Annual report of the Bengal Veterinary College and of the Civil Veterinary Department, Bengal, for the year 1912-1913 - 1912-1913
Year: 1912
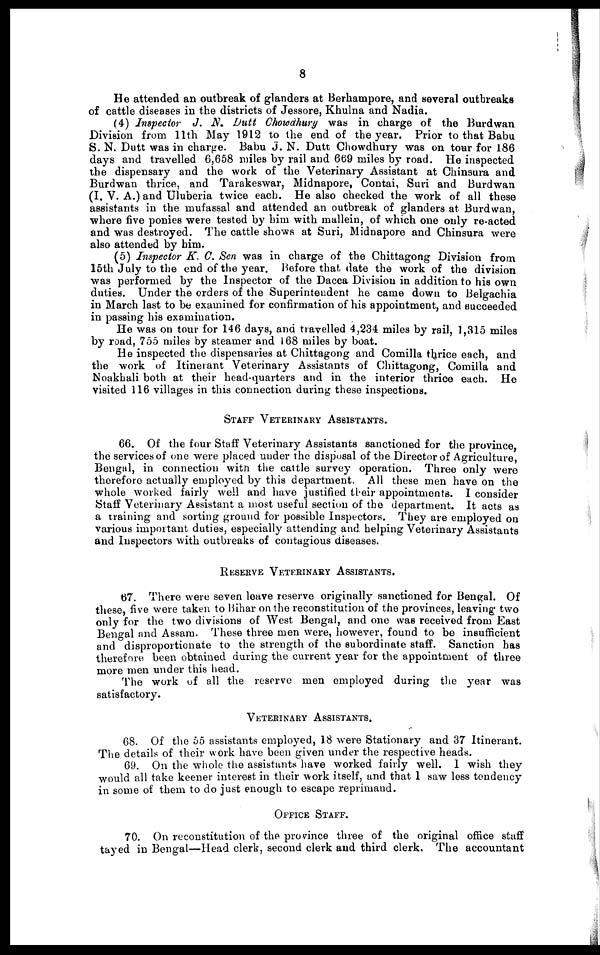
8
He attended an outbreak of glanders at Berhampore, and several outbreaks
of cattle diseases in the districts of Jessore, Khulna and Nadia.
(4) Inspector J, N. Dutt Chowdhury was in charge of the Burdwan
Division from 11th May 1912 to the end of the year. Prior to that Babu
S. N. Dutt was in charge. Babu J. N. Dutt Chowdhury was on tour for 186
days and travelled 6,658 miles by rail and 669 miles by road. He inspected
the dispensary and the work of the Veterinary Assistant at Chinsura and
Burdwan thrice, and Tarakeswar, Midnapore, Contai, Suri and Burdwan
(I. V. A.) and Uluberia twice each. He also checked the work of all these
assistants in the mufassal and attended an outbreak of glanders at Burdwan,
where five ponies were tested by him with mallein, of which one only re-acted
and was destroyed. The cattle shows at Suri, Midnapore and Chinsura were
also attended by him.
(5) Inspector K. C. Sen was in charge of the Chittagong Division from
15th July to the end of the year. Before that date the work of the division
was performed by the Inspector of the Dacca Division in addition to his own
duties. Under the orders of the Superintendent he came down to Belgachia
in March last to be examined for confirmation of his appointment, and succeeded
in passing his examination.
He was on tour for 146 days, and travelled 4,234 miles by rail, 1,315 miles
by road, 755 miles by steamer and 168 miles by boat.
He inspected the dispensaries at Chittagong and Comilla thrice each, and
the work of Itinerant Veterinary Assistants of Chittagong, Comilla and
Noakhali both at their head-quarters and in the interior thrice each. He
visited 116 villages in this connection during these inspections.
STAFF VETERINARY ASSISTANTS.
66. Of the four Staff Veterinary Assistants sanctioned for the province,
the services of one were placed under the disposal of the Director of Agriculture,
Bengal, in connection witn the cattle survey operation. Three only were
therefore actually employed by this department. All these men have on the
whole worked fairly well and have justified their appointments. I consider
Staff Veterinary Assistant a most useful section of the department. It acts as
a training and sorting ground for possible Inspectors. They are employed on
various important duties, especially attending and. helping Veterinary Assistants
and Inspectors with outbreaks of contagious diseases.
RESERVE VETERINARY ASSISTANTS.
67. There were seven leave reserve originally sanctioned for Bengal. Of
these, five were taken to Bihar on the reconstitution of the provinces, leaving two
only for the two divisions of West Bengal, and one was received from East
Bengal and Assam. These three men were, however, found to be insufficient
and disproportionate to the strength of the subordinate staff. Sanction has
therefore been obtained during the current year for the appointment of three
more men under this head.
The work of all the reserve men employed during the year was
satisfactory.
VETERINARY ASSISTANTS.
68. Of the 55 assistants employed, 18 were Stationary and 37 Itinerant.
The details of their work have been given under the respective heads.
69. On the whole the assistants have worked fairly well. 1 wish they
would all take keener interest in their work itself, and that 1 saw less tendency
in some of them to do just enough to escape reprimand.
OFFICE STAFF.
70. On reconstitution of the province three of the original office staff
tayed in Bengal—Head clerk, second clerk and third clerk. The accountant